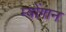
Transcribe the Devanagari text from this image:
म्बोंगान